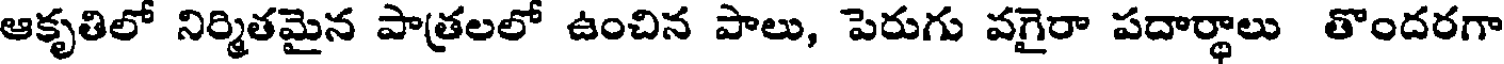
ఆకృతిలో నిర్మితమైన పాత్రలలో ఉంచిన పాలు, పెరుగు వగైరా పదార్థాలు తొందరగా